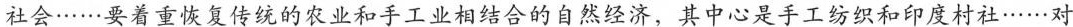
社会……要着重恢复传统的农业和手工业相结合的自然经济，其中心是手工纺织和印度村社……对